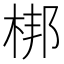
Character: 梆